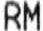
RM